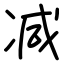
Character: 减